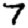
Digit: 7